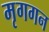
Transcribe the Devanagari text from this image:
मृगगन